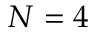
N = 4